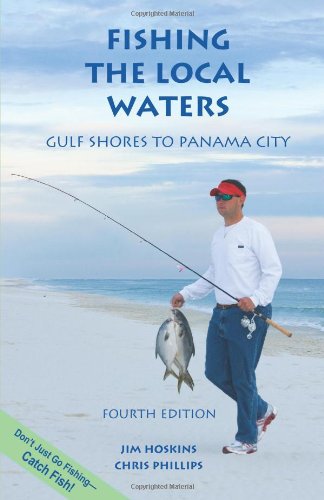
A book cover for Fishing the Local Waters: Gulf Shores to Panama City (Fishing the Local Waters series); Jim Hoskins; Travel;